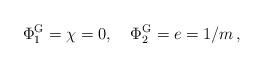
LaTeX: \begin{align*}\Phi^{\rm G}_1 = \chi=0, \,\,\,\,\,\,\Phi^{\rm G}_2 = e = 1/m\,,\end{align*}